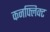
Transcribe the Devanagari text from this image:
कनफ्लिक्ट